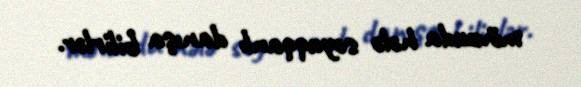
mövzuda hələ soyuqqanlı danışa bilirlər.